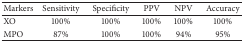
<table><thead><tr><td><b>Markers</b></td><td><b>Sensitivity</b></td><td><b>Specificity</b></td><td><b>PPV</b></td><td><b>NPV</b></td><td><b>Accuracy</b></td></tr></thead><tbody><tr><td>XO</td><td>100%</td><td>100%</td><td>100%</td><td>100%</td><td>100%</td></tr><tr><td>MPO</td><td>87%</td><td>100%</td><td>100%</td><td>94%</td><td>95%</td></tr></tbody></table>